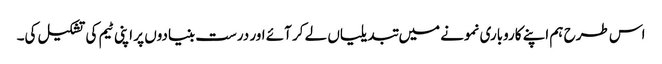
اس طرح ہم اپنے کاروباری نمونے میں تبدیلیاں لے کر آئے اور درست بنیادوں پر اپنی ٹیم کی تشکیل کی۔